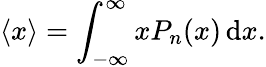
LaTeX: \langle x\rangle=\int_{-\infty}^{\infty}xP_{n}(x)\, \mathrm{d}x.